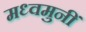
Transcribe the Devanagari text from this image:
मध्वमुनीं